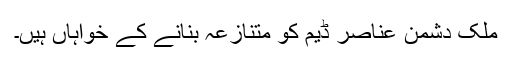
ملک دشمن عناصر ڈیم کو متنازعہ بنانے کے خواہاں ہیں۔